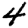
Digit: 4